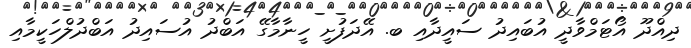
ދިއްދޫ އޯޓަމްވާދީ އުބައިދު ސައީދާއި ބ. އޭދަފުށީ ހީނާމާގޭ އަބްދު އުސައިދު އަބްދުލްހަކީމާއި